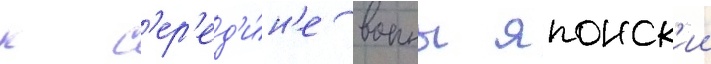
к с'ер'ед'и́н'е воины японск'ии